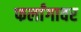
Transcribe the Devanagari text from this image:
फर्लांगावर